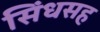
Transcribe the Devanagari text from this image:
सिंधसह